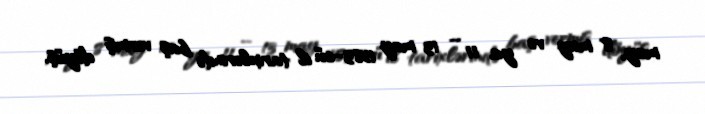
may, 8 may və ya 11 – 13 may 1583-cü il tarixlərində baş vermiş döyüş.